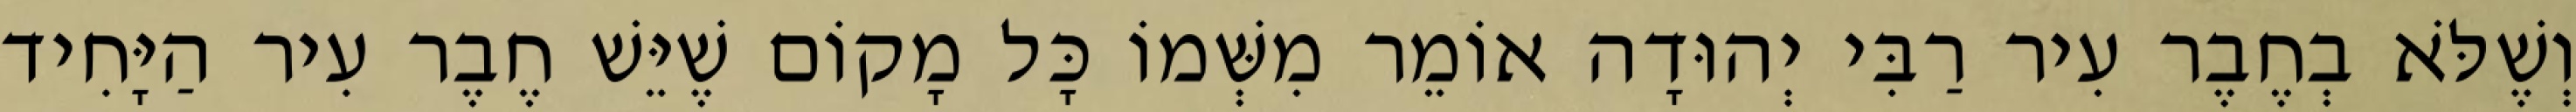
וְשֶׁלֹּא בְחֶבֶר עִיר רַבִּי יְהוּדָה אוֹמֵר מִשְּׁמוֹ כָּל מָקוֹם שֶׁיֵּשׁ חֶבֶר עִיר הַיָּחִיד